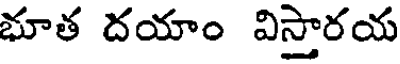
భూత దయాం విస్తారయ